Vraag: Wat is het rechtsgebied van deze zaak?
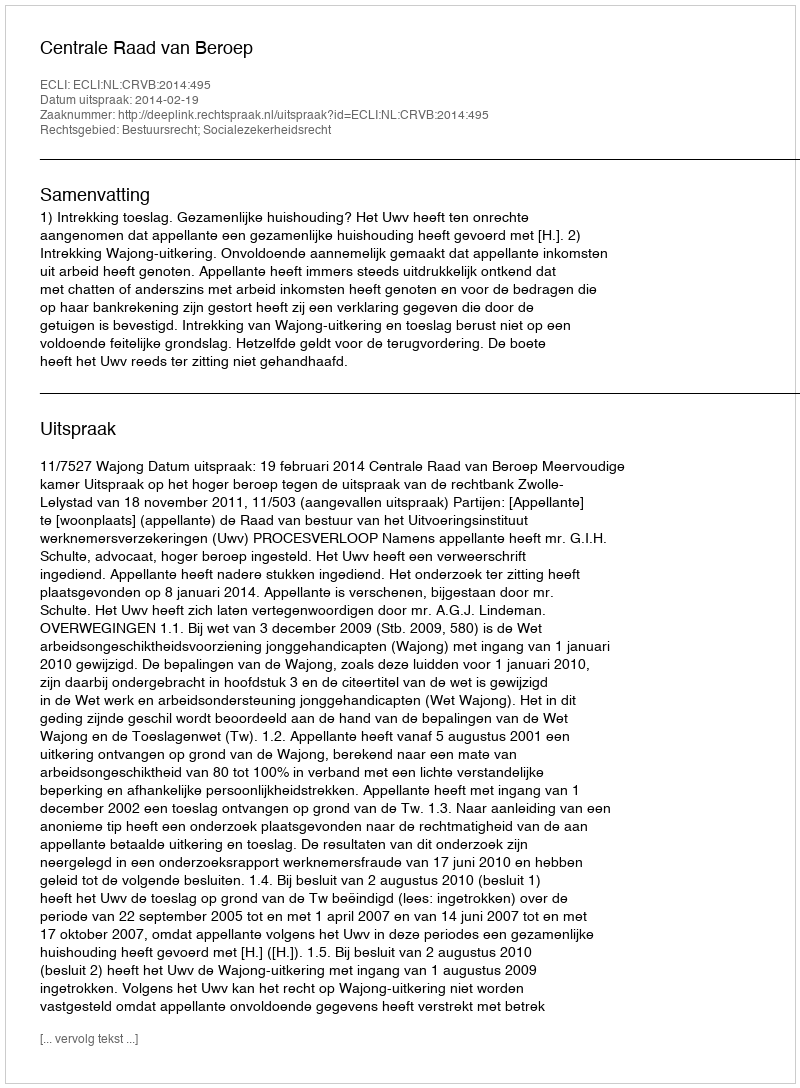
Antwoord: Bestuursrecht; Socialezekerheidsrecht